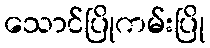
သောင်ပြိုကမ်းပြို